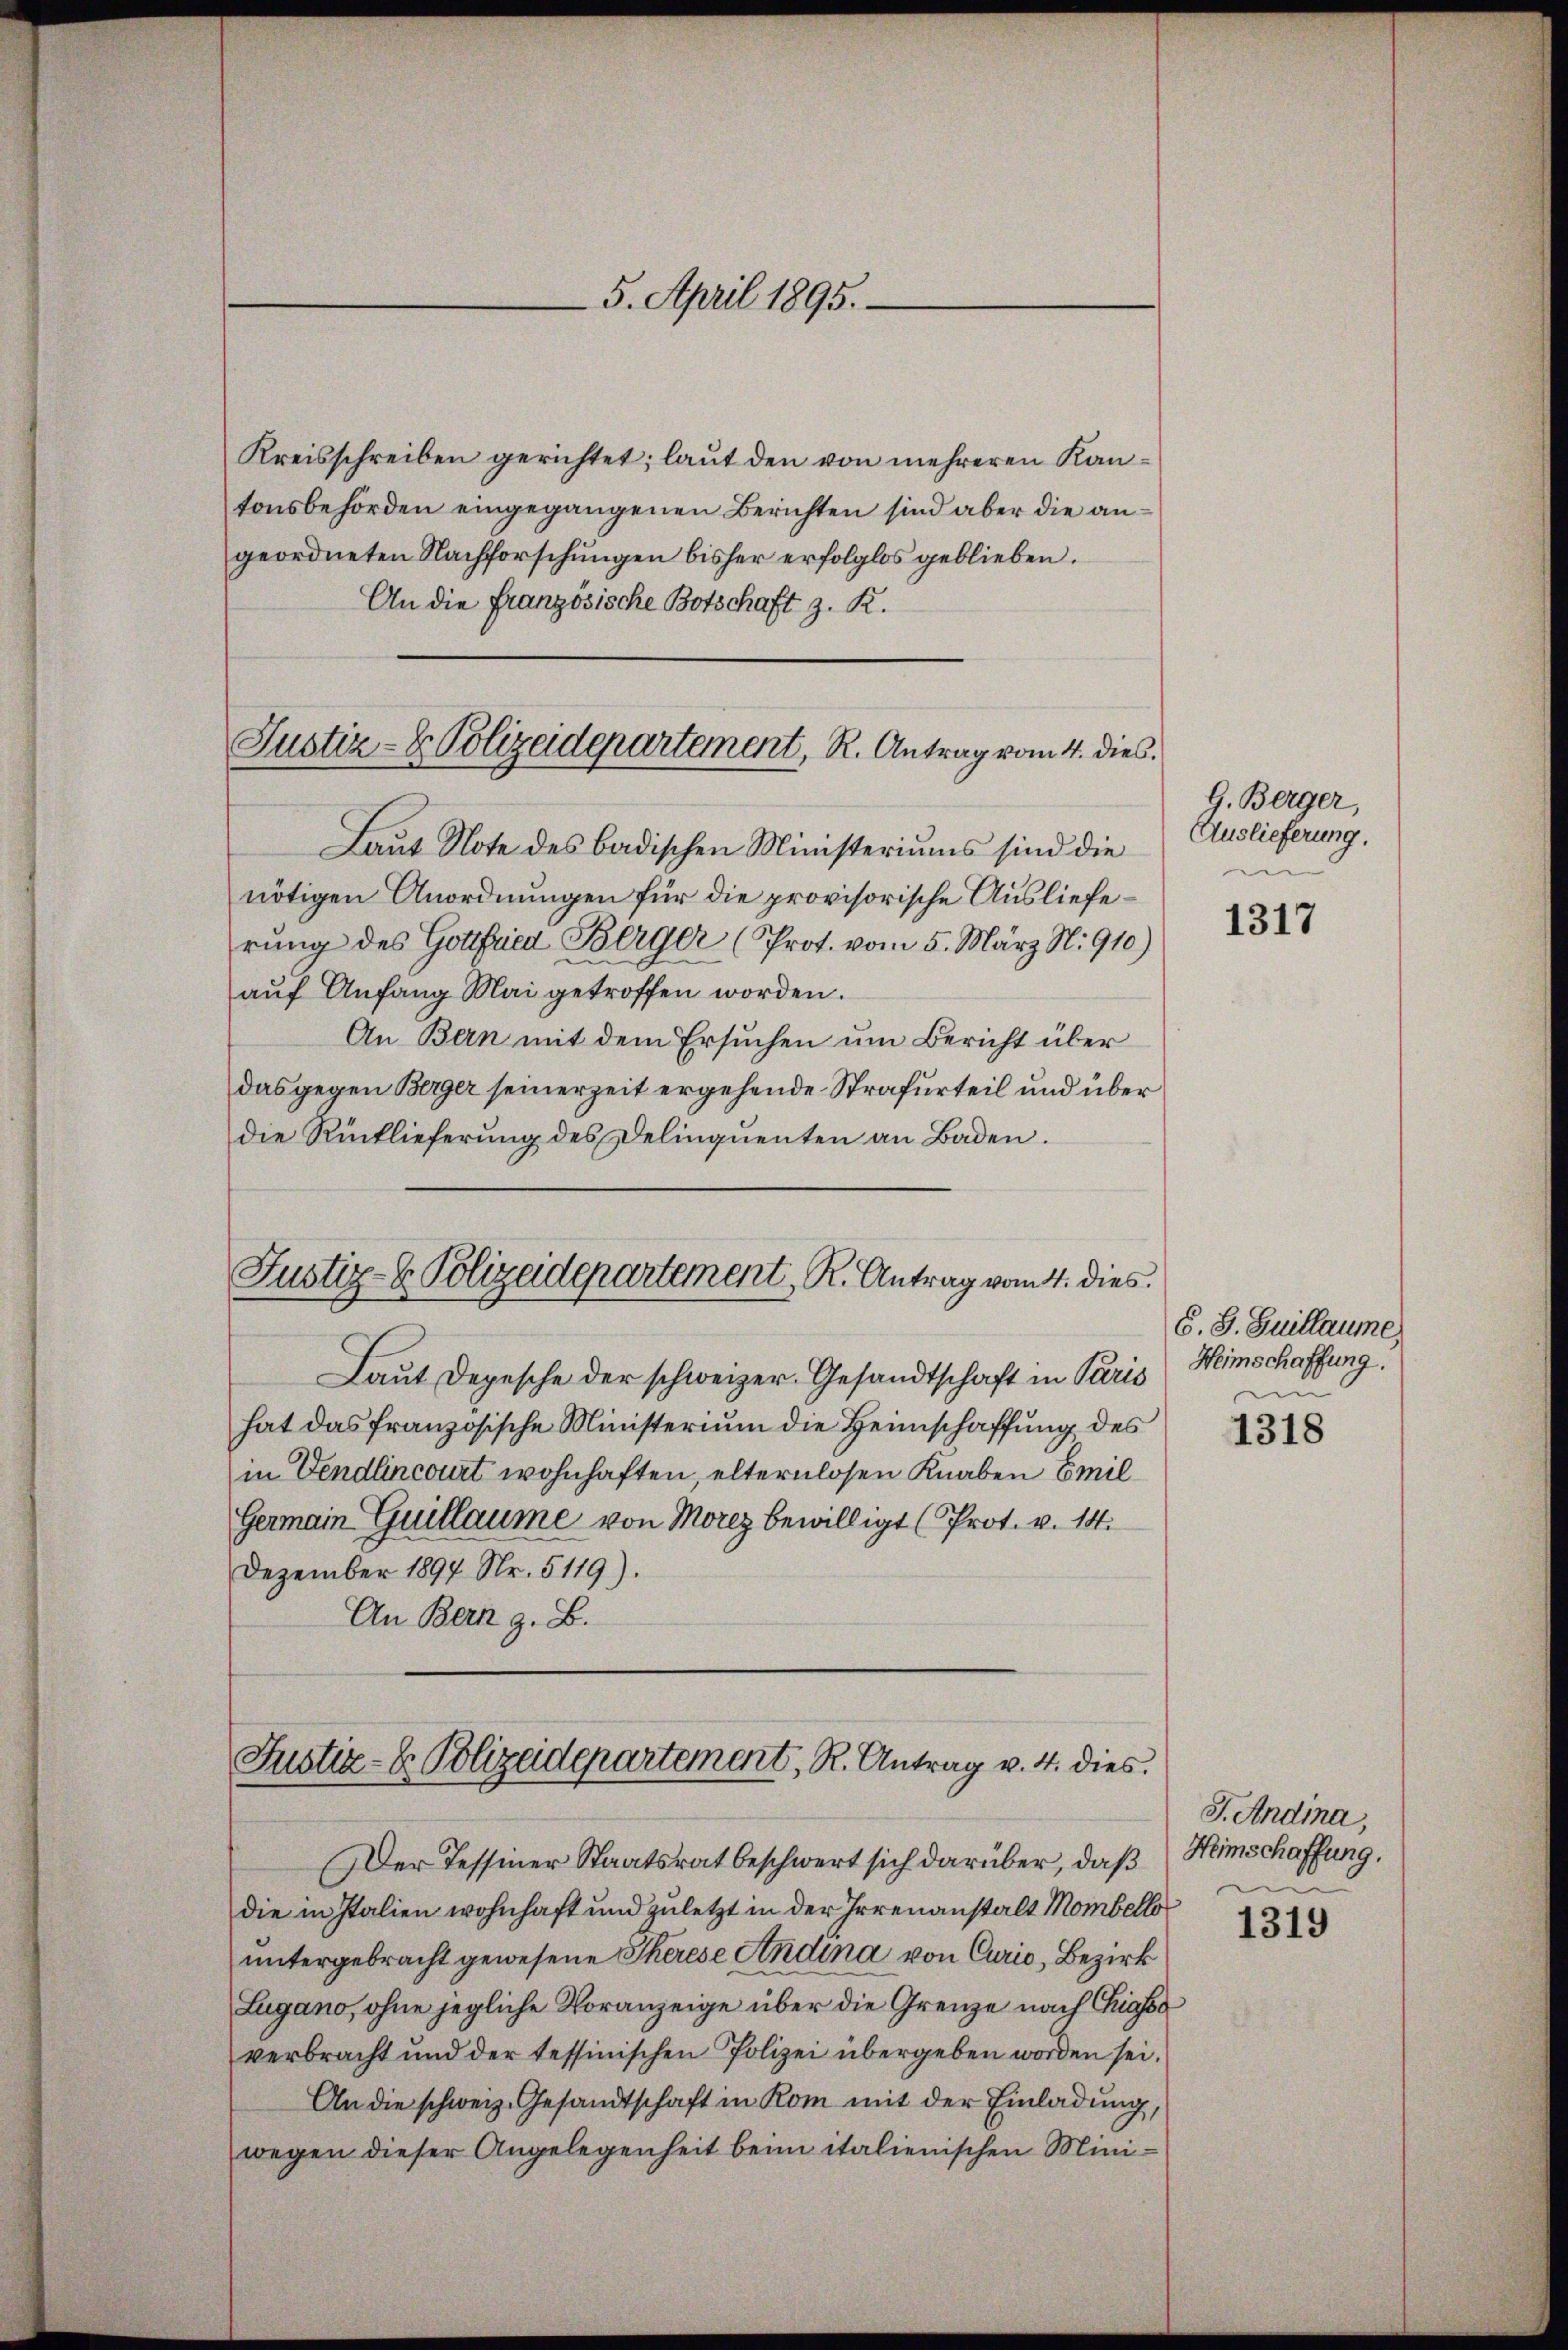
Kreisschreiben gerichtet; laut den von mehreren Kantonsbehörden eingegangenen Berichten sind aber die angeordneten Nachforschungen bisher erfolglos geblieben.
An die französische Botschaft z. R.

5. April 1895.

Justiz- & Polizeidepartement, R. Antrag vom 4. dies

Laut Note des badischen Ministeriums sind die
nötigen Anordnungen für die provisorische Auslieferŭng des Gottfried Berger (Prot. vom 5. März N: 910)
aŭf Anfang Mai getroffen worden.
An Bern mit dem Ersuchen um Bericht über
das gegen Berger seinerzeit ergehende Strafurteil und über
die Rücklieferung des Delinquenten an Baden.

Justiz- & Polizeidepartement, R. Antrag vom 4. dies

Laut Depesche der schweizer. Gesandtschaft in Paris
hat das französische Ministerium die Heimschaffung des
in Vendlincourt wohnhaften, elternlosen Knaben Emil
Germain Guillaume von Morez bewilligt (Prot. v. 14.
Dezember 1897 Nr. 5119).
An Bern z. B.

Justiz- u. Polizadepartement, R. Antrag v. 4. dies

Der Tessiner Staatsrat beschwert sich darüber, daß
die in Italien wohnhaft und zuletzt in der Irrenanstalt Mombello
untergebracht gewesene Therese Andina von Curio, Bezirk
Lugano, ohne jegliche Voranzeige über die Grenze nach Chiasso
verbracht und der tessinischen Polizei übergeben worden sei.
An die schweiz. Gesandtschaft in Kom mit der Einladung,
wegen dieser Angelegenheit beim italienischen Mini¬

G. Berger,
Auslieferung.

1317

C. S. Guillaume
Heimschaffung.

1318

J. Andina,
Heimschaffung.

1319